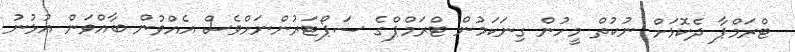
ޓްރަމްޕާ ދެކޮޅަށް ނުކުތް މީހުން ގިނަކަމުން ޓްރަމްޕްގެ ސަޕޯޓަރުންނަށްވެސް އެއްވުން ބާއްވަން އުޅުނު